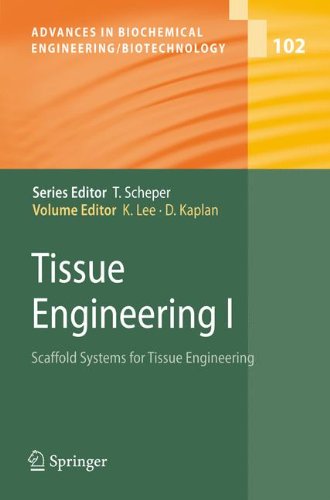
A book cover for Tissue Engineering I: Scaffold Systems for Tissue Engineering (Advances in Biochemical Engineering/Biotechnology) (v. 1); Medical Books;